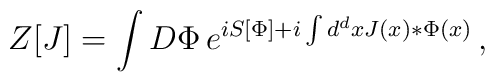
Z[J] = \int D\Phi\,         e^{iS[\Phi] + i\int d^d x J(x) *\Phi(x)}\, ,